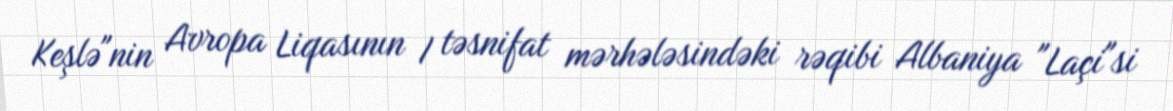
Keşlə"nin Avropa Liqasının I təsnifat mərhələsindəki rəqibi Albaniya "Laçi"si